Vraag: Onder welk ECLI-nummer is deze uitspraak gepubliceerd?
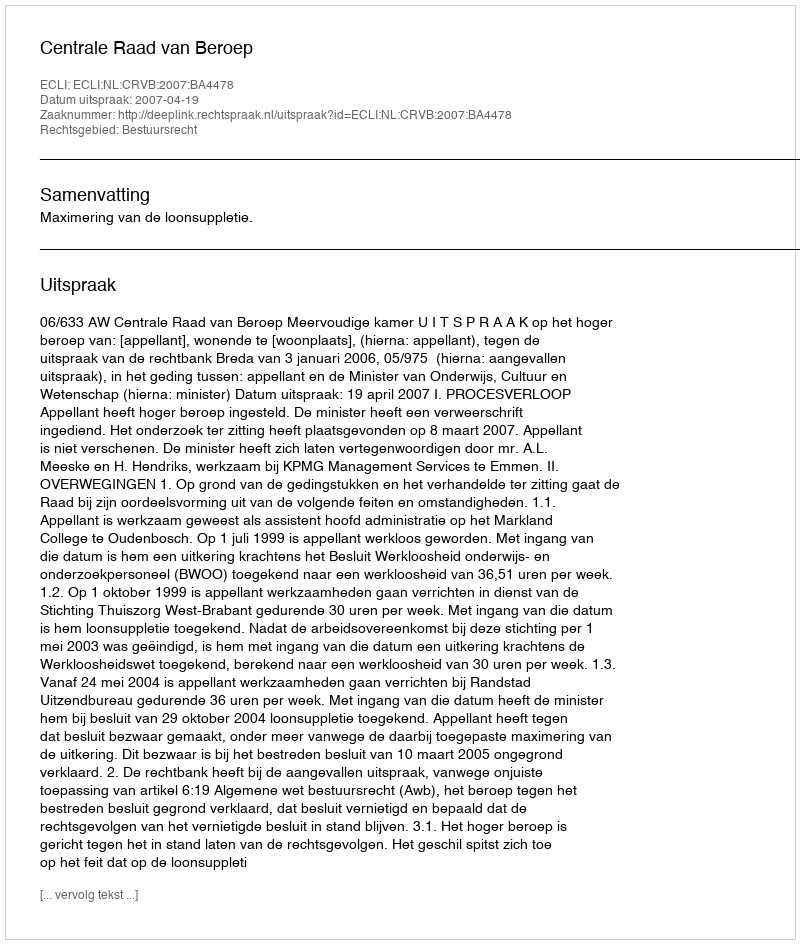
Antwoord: ECLI:NL:CRVB:2007:BA4478